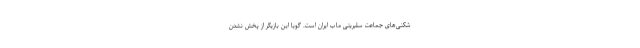
شکنی‌های جماعت سلبریتی ماب ایران است. گویا این بازیگر از پخش نشدن